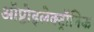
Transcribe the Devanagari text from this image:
ऑप्टोइलेक्ट्रॉनिक